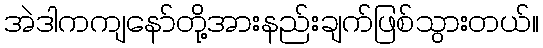
အဲဒါကကျနော်တို့အားနည်းချက်ဖြစ်သွားတယ်။